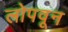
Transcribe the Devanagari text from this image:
लोपवून